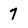
Character: 7